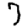
Digit: 7